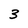
Character: 3